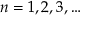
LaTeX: n = 1 , 2 , 3 , \ldots